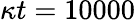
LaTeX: \kappa t=10000